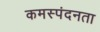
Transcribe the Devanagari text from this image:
कमस्पंदनता